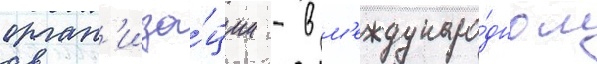
орган'иза́ции - в м'еждунаро́дном